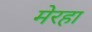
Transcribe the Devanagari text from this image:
मेरहा